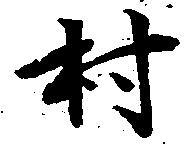
村